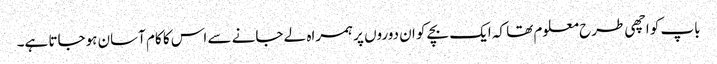
باپ کو اچھی طرح معلوم تھا کہ ایک بچے کو ان دوروں پر ہمراہ لے جانے سے اس کا کام آسان ہوجاتا ہے۔